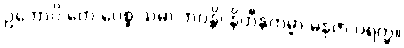
ဥဘောပိ တေ ပေစ္စ သမာ ဘဝန္တိ၊ နိဟီနကမ္မာ မနုဇာ ပရတ္ထ။